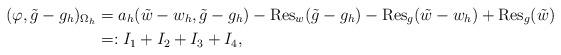
LaTeX: \begin{align*}(\varphi, \tilde g - g_h)_{\Omega_h} &= a_h(\tilde w - w_h, \tilde g - g_h) - \operatorname{Res}_w(\tilde g - g_h) - \operatorname{Res}_g(\tilde w - w_h) + \operatorname{Res}_g(\tilde w) \\&=: I_1 + I_2 + I_3 + I_4, \end{align*}